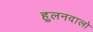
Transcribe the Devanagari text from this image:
हुलनदालो